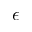
\epsilon